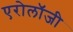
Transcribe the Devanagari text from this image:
एरोलॉजी